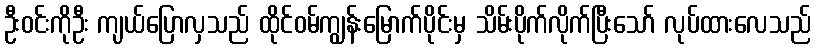
ဦးဝင်းကိုဦး ကျယ်ပြောလှသည် ထိုင်ဝမ်ကျွန်းမြောက်ပိုင်းမှ သိမ်းပိုက်လိုက်ပြီးသော် လုပ်ထားလေသည်